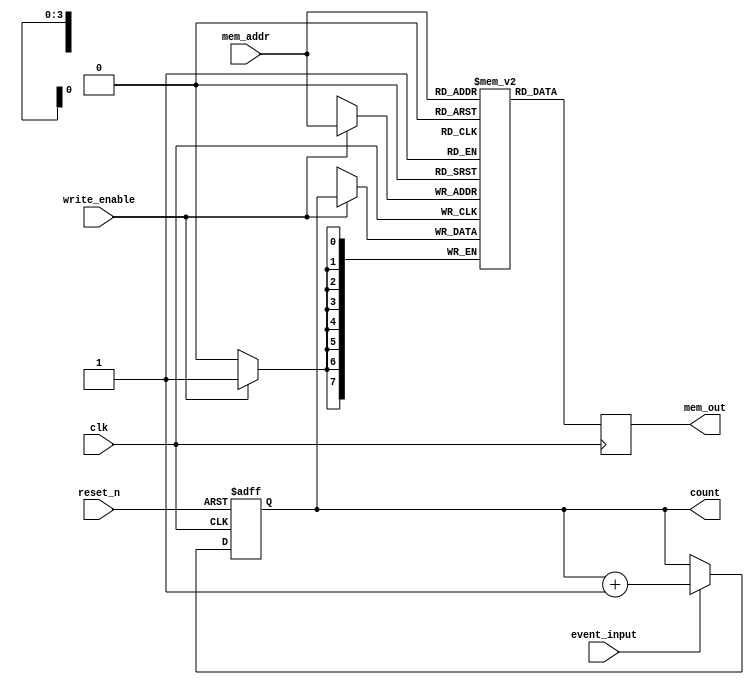
module memory_blocks_event_counter #(
    parameter N = 8,          // Bit-width of the counter
    parameter MEM_SIZE = 16   // Number of memory locations
)(
    input wire clk,           // Clock input
    input wire reset_n,       // Active low asynchronous reset
    input wire event_input,    // Event input signal
    input wire write_enable,   // Write enable signal for memory
    input wire [3:0] mem_addr, // Memory address for writing/reading
    output reg [N-1:0] count,  // Current count output
    output reg [N-1:0] mem_out  // Output data from memory
);

    // Memory declaration
    reg [N-1:0] memory [0:MEM_SIZE-1]; // Memory array

    // Synchronous counter logic
    always @(posedge clk or negedge reset_n) begin
        if (!reset_n) begin
            count <= 0; // Reset count to 0
        end else if (event_input) begin
            count <= count + 1; // Increment count on event
        end
    end

    // Memory write logic
    always @(posedge clk) begin
        if (write_enable) begin
            memory[mem_addr] <= count; // Store current count in memory
        end
    end

    // Memory read logic
    always @(posedge clk) begin
        mem_out <= memory[mem_addr]; // Read from memory
    end

endmodule